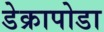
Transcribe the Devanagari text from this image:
डेक्रापोडा